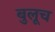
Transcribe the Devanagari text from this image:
बुलूच